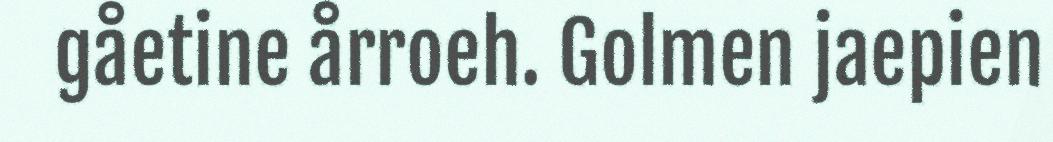
gåetine årroeh. Golmen jaepien